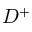
D ^ { + }